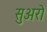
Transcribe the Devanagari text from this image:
सुअरो